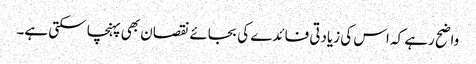
واضح رہے کہ اس کی زیادتی فائدے کی بجائے نقصان بھی پہنچا سکتی ہے۔